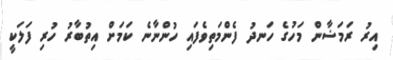
އިރު ރަމަޟާން މަހުގެ ހަނދު ފެންމަތިވެފައި ހުންނާނެ ކަމަށް އިތުބާރު ހުރި ފަލަކީ